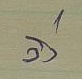
วิ่ง